Document type: payment_order
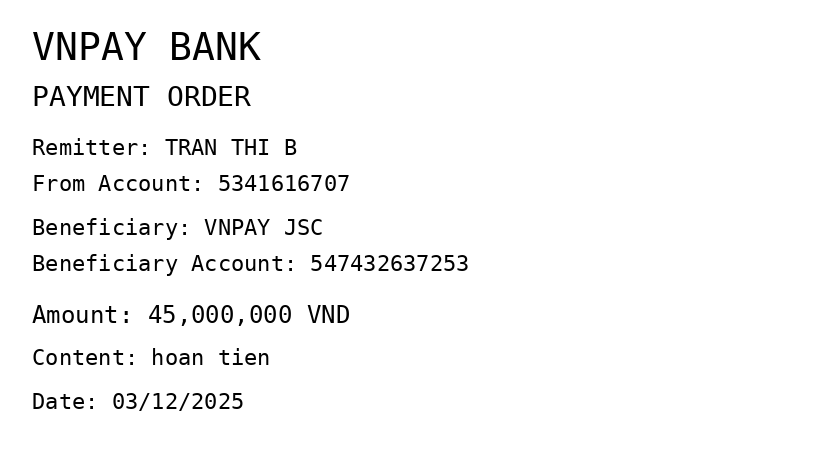
OCR transcript:
VNPAY BANK
PAYMENT ORDER
Remitter: TRAN THI B
From Account: 5341616707
Beneficiary: VNPAY JSC
Beneficiary Account: 547432637253
Amount: 45,000,000 VND
Content: hoan tien
Date: 03/12/2025
Extracted fields:
bank_name: vnpay bank
sender_name: tran thi b
sender_account: 5341616707
beneficiary_name: vnpay jsc
beneficiary_account: 547432637253
amount: 45000000
content: hoan tien
date: 2025-12-03